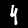
Label: 4